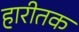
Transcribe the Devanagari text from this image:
हारीतक